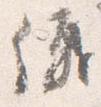
儀